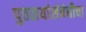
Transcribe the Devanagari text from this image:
पुतळयांसंबंधीचा